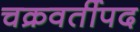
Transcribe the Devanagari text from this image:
चक्रवर्तीपद